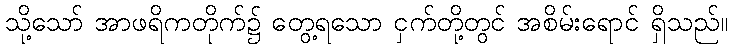
သို့သော် အာဖရိကတိုက်၌ တွေ့ရသော ငှက်တို့တွင် အစိမ်းရောင် ရှိသည်။